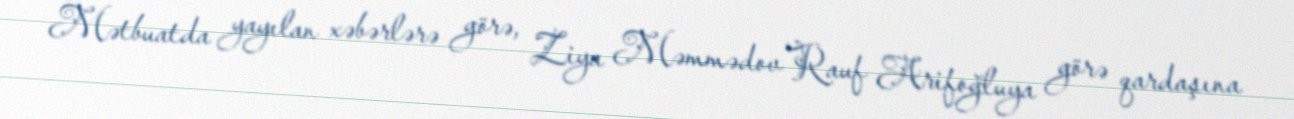
Mətbuatda yayılan xəbərlərə görə, Ziya Məmmədov Rauf Arifoğluya görə qardaşına